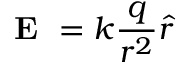
{ \textbf { E } } = k { \frac { q } { r ^ { 2 } } } { \hat { r } }